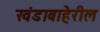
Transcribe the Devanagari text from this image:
खंडाबाहेरील